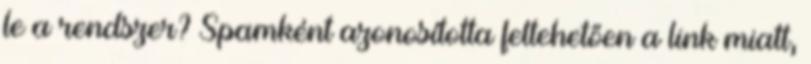
le a rendszer? Spamként azonosította feltehetően a link miatt,